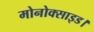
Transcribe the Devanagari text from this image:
मोनोक्साइड।